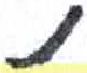
אות: נ